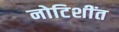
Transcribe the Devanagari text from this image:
नोटिशींत